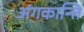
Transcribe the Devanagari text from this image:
अंगकान्ति